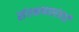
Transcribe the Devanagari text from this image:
संरक्षणासंबंधी